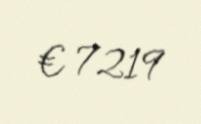
€ 7219